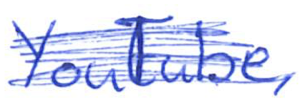
Text: YouTube,
Cross-out: scratch
Writing tool: ballpoint